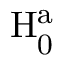
\mathrm { H } _ { \mathrm { 0 } } ^ { \mathrm { a } }